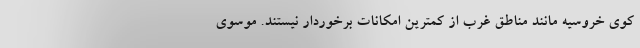
کوی خروسیه مانند مناطق غرب از کمترین امکانات برخوردار نیستند. موسوی